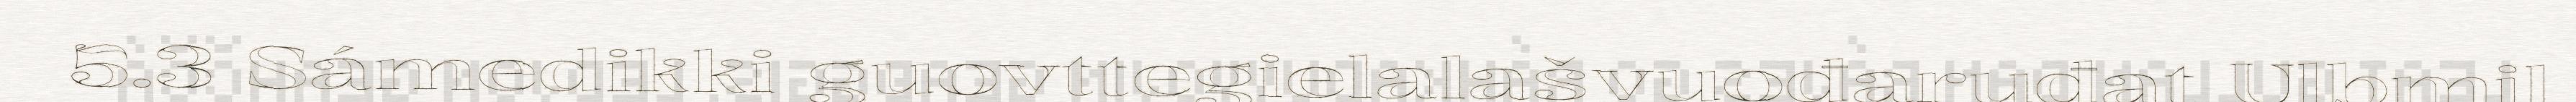
5.3 Sámedikki guovttegielalašvuođaruđat Ulbmil